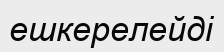
ешкерелейді